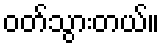
ဝတ်သွားတယ်။